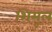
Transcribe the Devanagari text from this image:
शिमूल